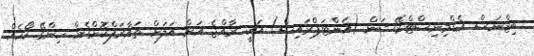
ބިޒްނަސް އެޑްމިނިސްޓްރޭޝަން (އެންޓަޕްރައިސް) އަކީ ރާއްޖެ އަށް އަލަށް ތައާރަފްކޮށްގެން ހިންގޭ ކޯހެއް